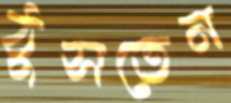
ঠুসতেন